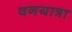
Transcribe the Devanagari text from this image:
वनयात्रा